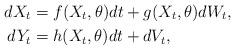
LaTeX: \begin{align*} dX_t&=f(X_t,\theta)dt+g(X_t,\theta)dW_t, \\ dY_t&=h(X_t,\theta)dt+dV_t,\end{align*}